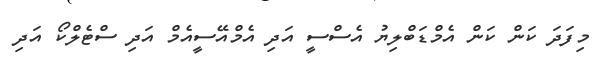
މިފަދަ ކަން ކަން އެމްޑަބްލިޔު އެސްސީ އަދި އެމްއޭސީއެމް އަދި ސްޓެލްކޯ އަދި